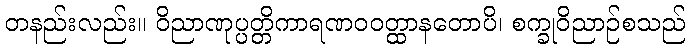
တနည်းလည်း။ ဝိညာဏုပ္ပတ္တိကာရဏဝဝတ္ထာနတောပိ၊ စက္ခုဝိညာဉ်စသည်